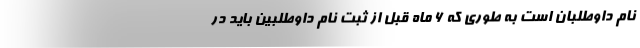
نام داوطلبان است به طوری که 6 ماه قبل از ثبت نام داوطلبین باید در